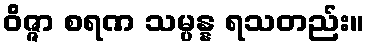
ဝိဇ္ဇာ စရဏ သမ္ပန္န ရသတည်း။